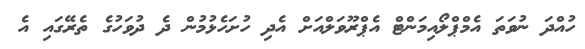
ހުއްދަ ނުވަތަ އެމްޕްލޯއިމަންޓް އެޕްރޫވަލްއަށް އެދި ހުށަހެޅުމުން ދެ ދުވަހުގެ ތެރޭގައި އެ